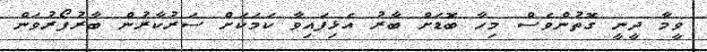
ވީމާ ދީނީ ގޮތުންވެސް މިހާ ބޮޑަށް ބާރު އެޅިފައިވާ ކަމަކަށް ސަރުކާރުން ބާރުފޯރުވަން